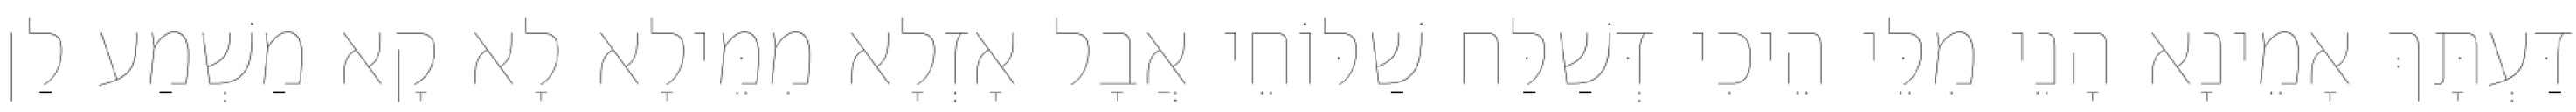
דַּעְתָּךְ אָמֵינָא הָנֵי מִלֵּי הֵיכִי דְּשַׁלַּח שַׁלּוֹחֵי אֲבָל אָזְלָא מִמֵּילָא לָא קָא מַשְׁמַע לַן